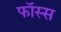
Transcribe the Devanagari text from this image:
फॉस्स